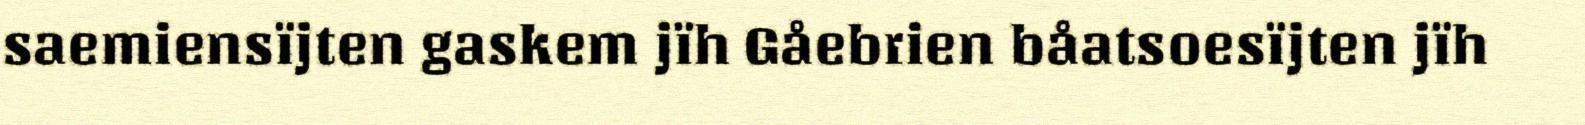
saemiensïjten gaskem jïh Gåebrien båatsoesïjten jïh